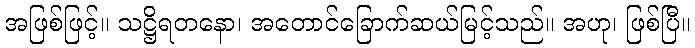
အဖြစ်ဖြင့်။ သဋ္ဌိရတနော၊ အတောင်ခြောက်ဆယ်မြင့်သည်။ အဟု၊ ဖြစ်ပြီ။